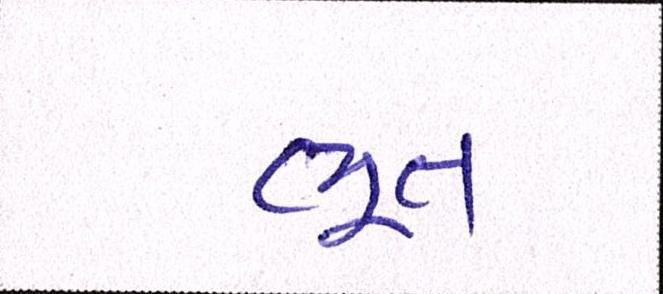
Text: ભૂત